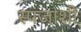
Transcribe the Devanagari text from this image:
स्पंजाशी